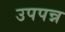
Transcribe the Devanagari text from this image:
उपपन्न